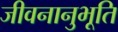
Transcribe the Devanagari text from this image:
जीवनानुभूति